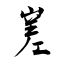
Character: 嵳